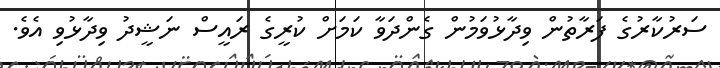
ސަރުކާރުގެ ފަރާތުން ވިދާޅުވަމުން ގެންދަވާ ކަމަށް ކުރީގެ ރައީސް ނަޝީދު ވިދާޅުވި އެވެ.